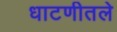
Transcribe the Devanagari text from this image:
धाटणीतले